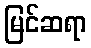
မြင်ဆရာ